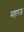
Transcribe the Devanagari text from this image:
महारज